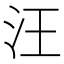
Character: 汪